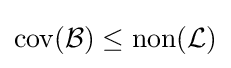
\operatorname {cov} ({\mathcal {B}})\leq \operatorname {non} ({\mathcal {L}})